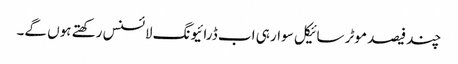
چند فیصد موٹر سائیکل سوار ہی اب ڈرائیونگ لائسنس رکھتے ہوں گے۔